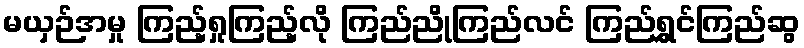
မယှဉ်အမှု ကြည့်ရှုကြည့်လို ကြည်ညိုကြည်လင် ကြည်ရွှင်ကြည်ဆွ